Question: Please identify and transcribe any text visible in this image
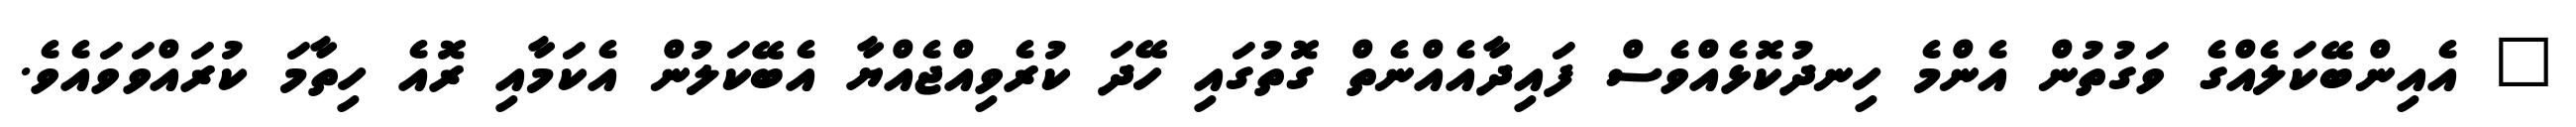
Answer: " އެއިންބޭކަލެއްގެ ވަގުތުން އެންމެ ހިނދުކޮޅެއްވެސް ފައިދާއެއްނެތް ގޮތުގައި ހޭދަ ކުރެވިއްޖެއްޔާ އެބޭކަލުން އެކަމާއި ރޮއެ ހިތާމަ ކުރައްވަވައެވެ.